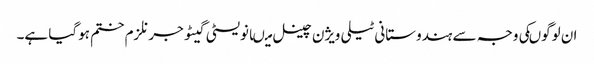
ان لوگوںکی وجہ سے ہندوستانی ٹیلی ویژن چینل میںانویسٹی گیٹو جرنلزم ختم ہوگیا ہے۔